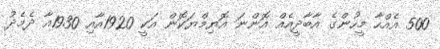
500 އެއްހާ މީހުންގެ އާބާދީއެއް އޮންނަ އޮޔިމްޔަކޮން އަކީ 1920އާއި 1930އާ ދެމެދު